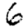
Digit: 6